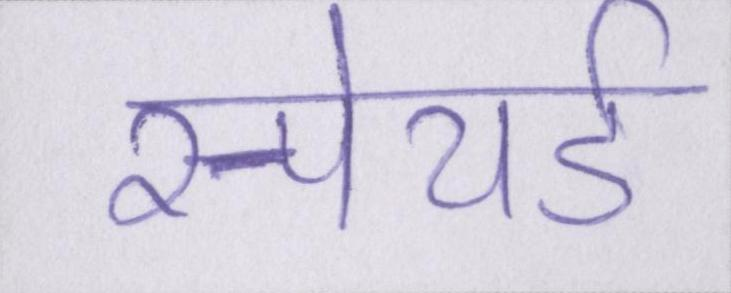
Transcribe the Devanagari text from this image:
स्पेयर्ड